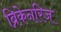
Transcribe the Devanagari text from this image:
ब्रिकेनरिज